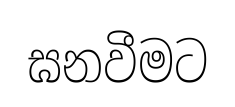
ඝනවීමට